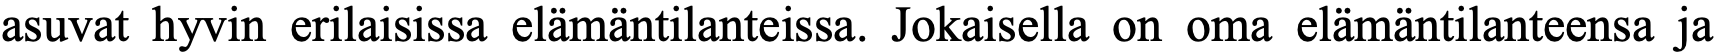
asuvat hyvin erilaisissa elämäntilanteissa. Jokaisella on oma elämäntilanteensa ja